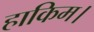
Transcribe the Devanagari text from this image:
हाकिम।